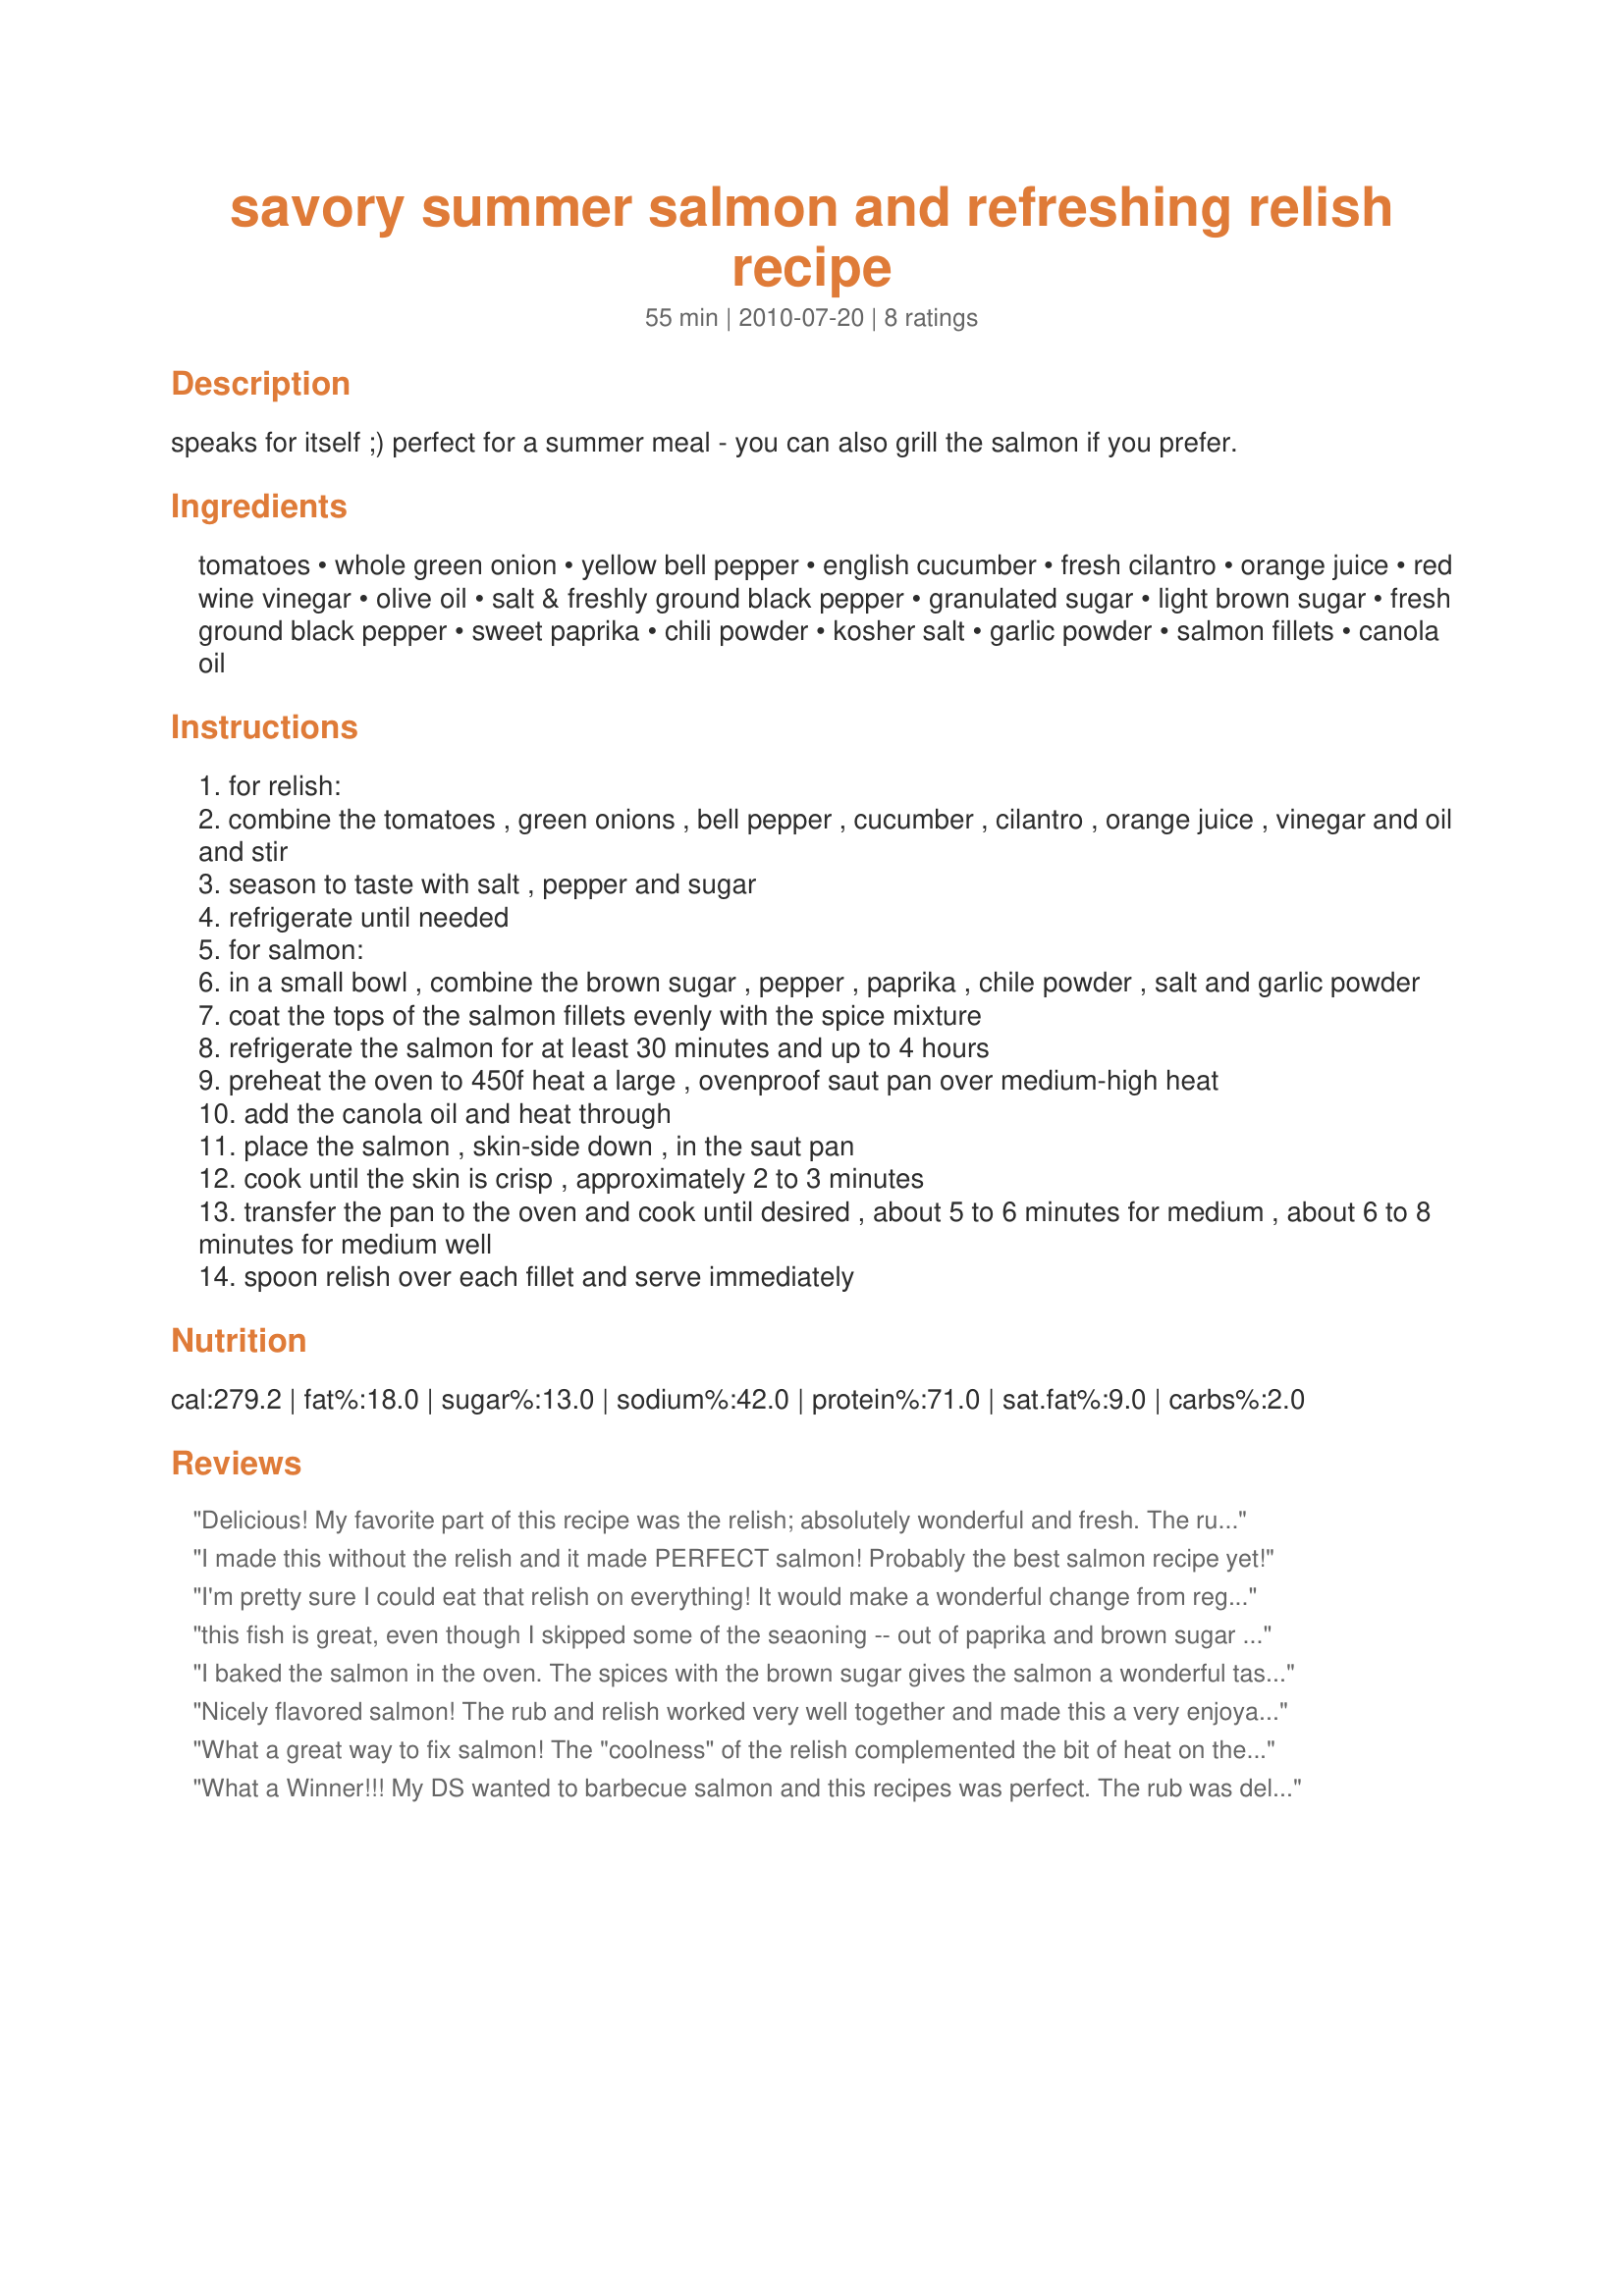
savory summer salmon and refreshing relish recipe
Preparation time: 55 minutes

speaks for itself ;) perfect for a summer meal - you can also grill the salmon if you prefer.

Ingredients:
tomatoes, whole green onion, yellow bell pepper, english cucumber, fresh cilantro, orange juice, red wine vinegar, olive oil, salt & freshly ground black pepper, granulated sugar, light brown sugar, fresh ground black pepper, sweet paprika, chili powder, kosher salt, garlic powder, salmon fillets, canola oil

Steps:
for relish:
combine the tomatoes , green onions , bell pepper , cucumber , cilantro , orange juice , vinegar and oil and stir
season to taste with salt , pepper and sugar
refrigerate until needed
for salmon:
in a small bowl , combine the brown sugar , pepper , paprika , chile powder , salt and garlic powder
coat the tops of the salmon fillets evenly with the spice mixture
refrigerate the salmon for at least 30 minutes and up to 4 hours
preheat the oven to 450f heat a large , ovenproof saut pan over medium-high heat
add the canola oil and heat through
place the salmon , skin-side down , in the saut pan
cook until the skin is crisp , approximately 2 to 3 minutes
transfer the pan to the oven and cook until desired , about 5 to 6 minutes for medium , about 6 to 8 minutes for medium well
spoon relish over each fillet and serve immediately

Reviews:
Delicious! My favorite part of this recipe was the relish; absolutely wonderful and fresh. The rub mix is very nice and gives the salmon a nice flavor. If you prep the rub and the relish ahead of time, this salmon can be done in a flash. Nice enough to serve to guests. :)
I made this without the relish and it made PERFECT salmon! Probably the best salmon recipe yet!
I'm pretty sure I could eat that relish on everything! It would make a wonderful change from regular salsa! I did sub red bell for the yellow and balsamic vinegar for the wine vinegar because that's what I had, and I tossed in some minced red onion in addition to the green onion. This is wonderful stuff. I really enjoyed the orange juice. The salmon was also very good and flavorful. I let it rest with the rub for 4 hours and then simply popped it under the broiler as I thought it would really make the brown sugar into a perfect glaze...and it did! Definitely a keeper!
this fish is great, even though I skipped some of the seaoning -- out of paprika and brown sugar (used white sugar) and used only 1/2 tsp of chili powder. I cooked the fish in a grill pan on top of the stove and turned out great!Thanks for sharing!
I baked the salmon in the oven. The spices with the brown sugar gives the salmon a wonderful taste. The relish goes so well with the salmon. This is a great recipe that I will do often. Thanks sofie :) Made for ZWT9
Nicely flavored salmon! The rub and relish worked very well together and made this a very enjoyable fish dish. Thanks for sharing! ZWT7
What a great way to fix salmon! The "coolness" of the relish complemented the bit of heat on the salmon perfectly! I grilled my salmon on the BBQ, so it had a bit of smokiness to it also. I think the rub and salsa would also work with halibut, and chicken breasts. Made for ZWT 7.
What a Winner!!! My DS wanted to barbecue salmon and this recipes was perfect. The rub was delicious and the relish tasted so fresh and light. Made for ZWT8.
